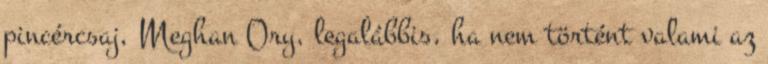
pincércsaj, Meghan Ory, legalábbis, ha nem történt valami az